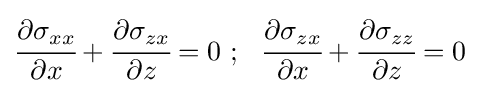
{\cfrac {\partial \sigma _{xx}}{\partial x}}+{\cfrac {\partial \sigma _{zx}}{\partial z}}=0~;~~{\cfrac {\partial \sigma _{zx}}{\partial x}}+{\cfrac {\partial \sigma _{zz}}{\partial z}}=0